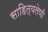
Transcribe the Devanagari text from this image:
साहित्यलेणी